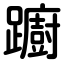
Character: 躕